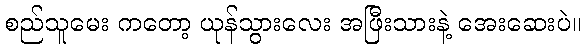
စည်သူမေး ကတော့ ယုန်သွားလေး အဖြီးသားနဲ့ အေးဆေးပဲ။